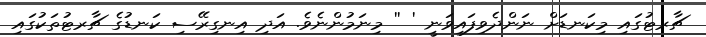
ޗާރޓުގައި މިކަނޑަށް ނަންދެވިފައިވަނީ ' '' މިނަމުންނެވެ. އަދި އިނގިރޭސި ކަނޑުގެ ޗާރޓުތަކުގައި